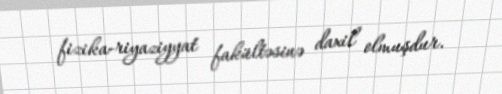
fizika-riyaziyyat fakültəsinə daxil olmuşdur.